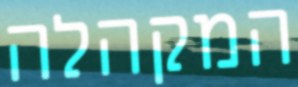
המקהלה